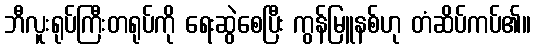
ဘီလူးရုပ်ကြီးတရုပ်ကို ရေးဆွဲစေပြီး ကွန်မြူနစ်ဟု တံဆိပ်ကပ်၏။